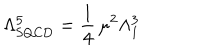
\Lambda _ { \mathrm { S Q C D } } ^ { 5 } = \frac 1 4 \, \mu ^ { 2 } \Lambda _ { 1 } ^ { 3 }